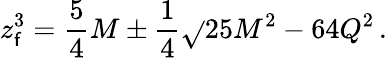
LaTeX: z_{\mathsf{f}}^{3}={\frac{{5}}{{4}}}M\pm{\frac{{1}}{{4}}}\sqrt{}{{25M^{2}-64Q^{2}}}\, .